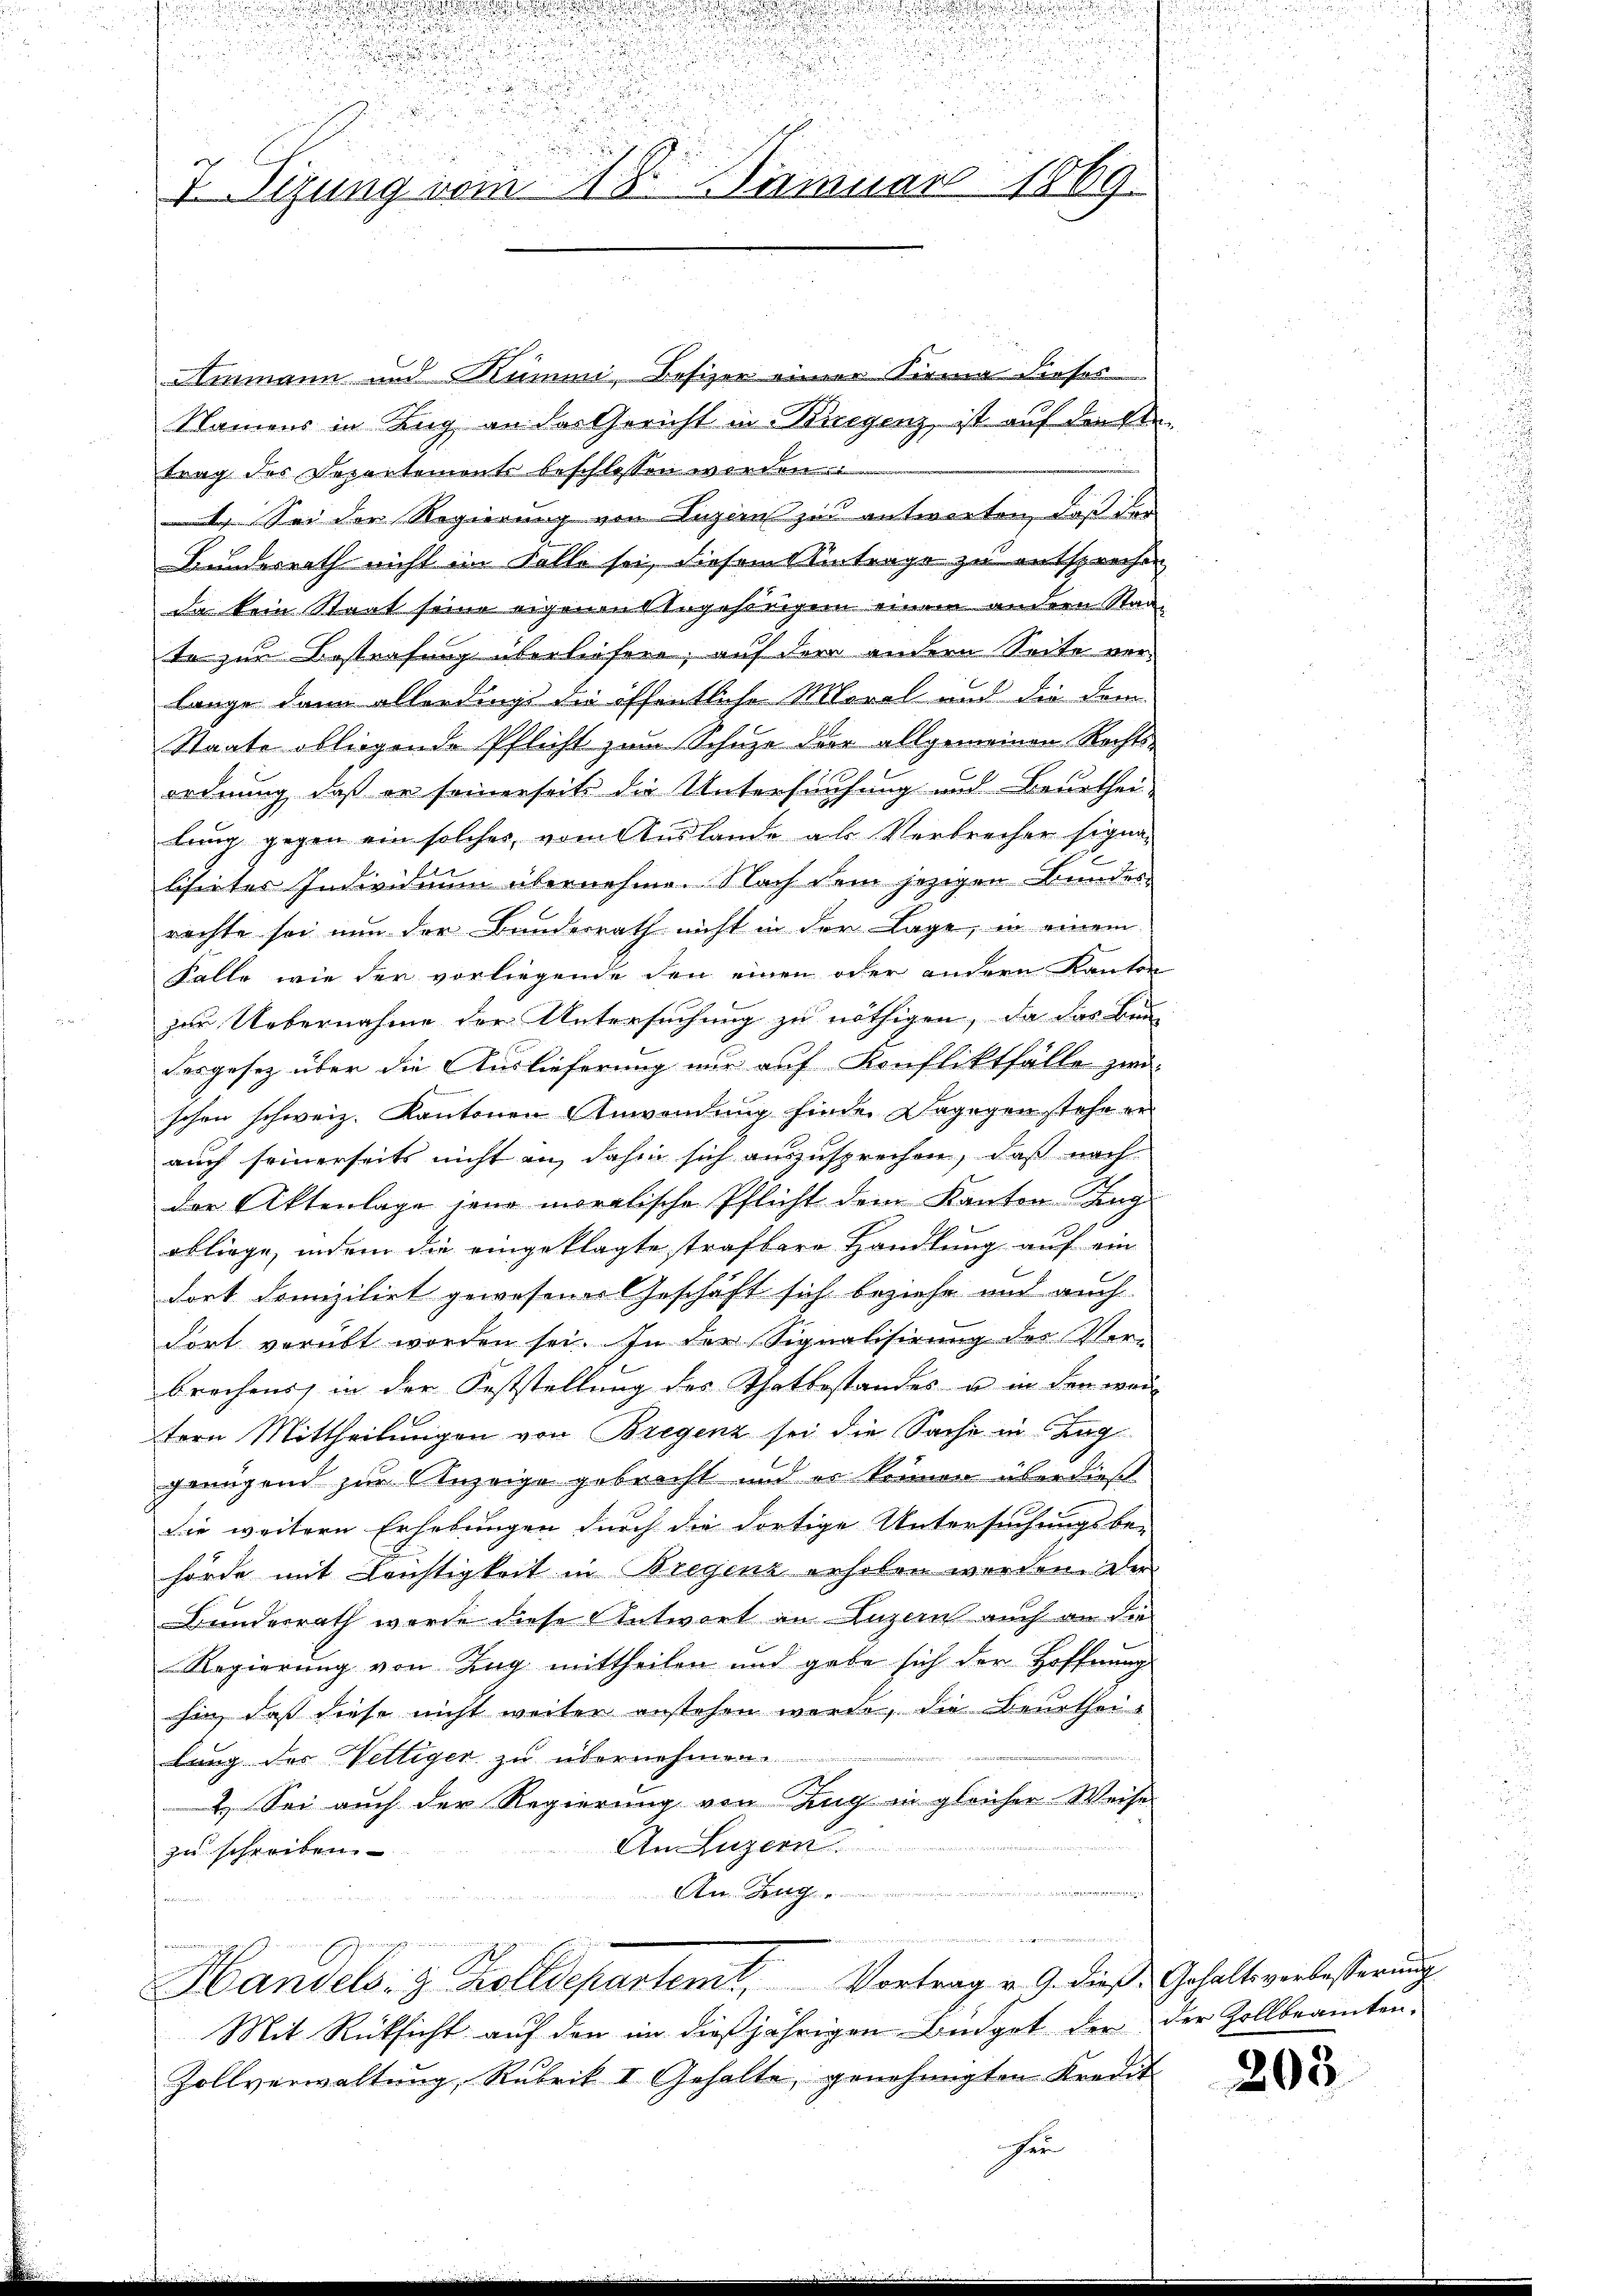
.

n
i
u
d

2
 Tigung vom 18. Januar 1869.

Ammann und Rummi Bofizer einer Firma dieses
Namens in Zug an das Gericht in Burgenz, ist auf diese
trag des Departemonts beschlossen werden.
1. Sei der Regierung von Luzern zu antworten, daß der
Bundesrath nicht im Falle sei, diesem Eintrage zu entsprechen
Da kein Staat seine eigenen Angehörigen einem andern Staat
te zur Bestrafung überliefern, auf der andern Seite verlange dann allerdings die öffentliche Moral und die dem
Staate obliegende Pflicht zum Schuze der allgemeinen Rechts-
ordnung, daß er seinerseits die Untersuchung und Beurthei-
lung gegen ein solches, vom Auslande als Verbrecher signalisiertes Individuum übernehme. Nach dem jezigen Bundes-
rachte sei nun der Bunderrath nicht in der Lage, in einem
Falle wie der vorliegende den einen oder andern Kanton
zur Uebernahme der Untersuchung zu nöthigen, da das Bei
Fesgesetz über die Auslieferung nur auf Konfliktfälle zwi-
.
schen schweiz. Kantonen Anwendung finde. Dagegen stehe erauch seinerseits nicht an, dahin sich auszusprechen, daß nach
der Aktenlage jene moralische Pflicht dem Kanton Zug
obliege, indem die eingeklagte strafbare Handlung auf ein
dort domiziliet gewesene Geschäft sich beziehe und auch
dort verübt worden sei. In der Signalisirung des Ver-
brechens, in der Feststellung des Thatbestandes u in den wer
tern Mittheilungen von Bregenz sei die Sache in Lag
genügend zur Anzeige gebracht und es können überdieß
die weitere Erhebungen durch die dortige Untersuchungsbe-
hörde mit Leichtigkeit in Bregenz erhoben worden. Der
Bundesrath wurde diese Antwort an Luzern auch an die
Regierung von Zug mittheilen und gabe sich der Hoffnung
hin, daß diese nicht weiter anstehen werde, die Beurtheilung des Vettiger zu übernehmen.
2.) Sei auch der Regierung von Zug in gleicher Weise
Am Luzern
zu schreiben.
An Zug
n

Handels- & Zolldepartemt, Vortrag v. 9. diese Gehaltsverbesterung
Mit Rücksicht auf den im dießjährigen Büdget der der Zollbeamten-
Zollverwaltung, Rubrik I Gehalte, genehmigten Kredit-
Fer

203.